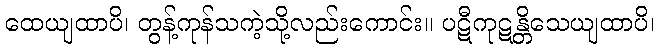
ထေယျထာပိ၊ တွန့်ကုန်သကဲ့သို့လည်းကောင်း။ ပဋီကုဋန္တိသေယျထာပိ၊